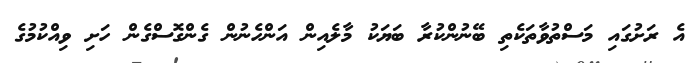
އެ ރަށުގައި މަސްތުވާތަކެތި ބޭނުންކުރާ ބަޔަކު މާލެއިން އަންހެނުން ގެންގޮސްގެން ހަށި ވިއްކުމުގެ